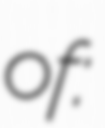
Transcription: of: